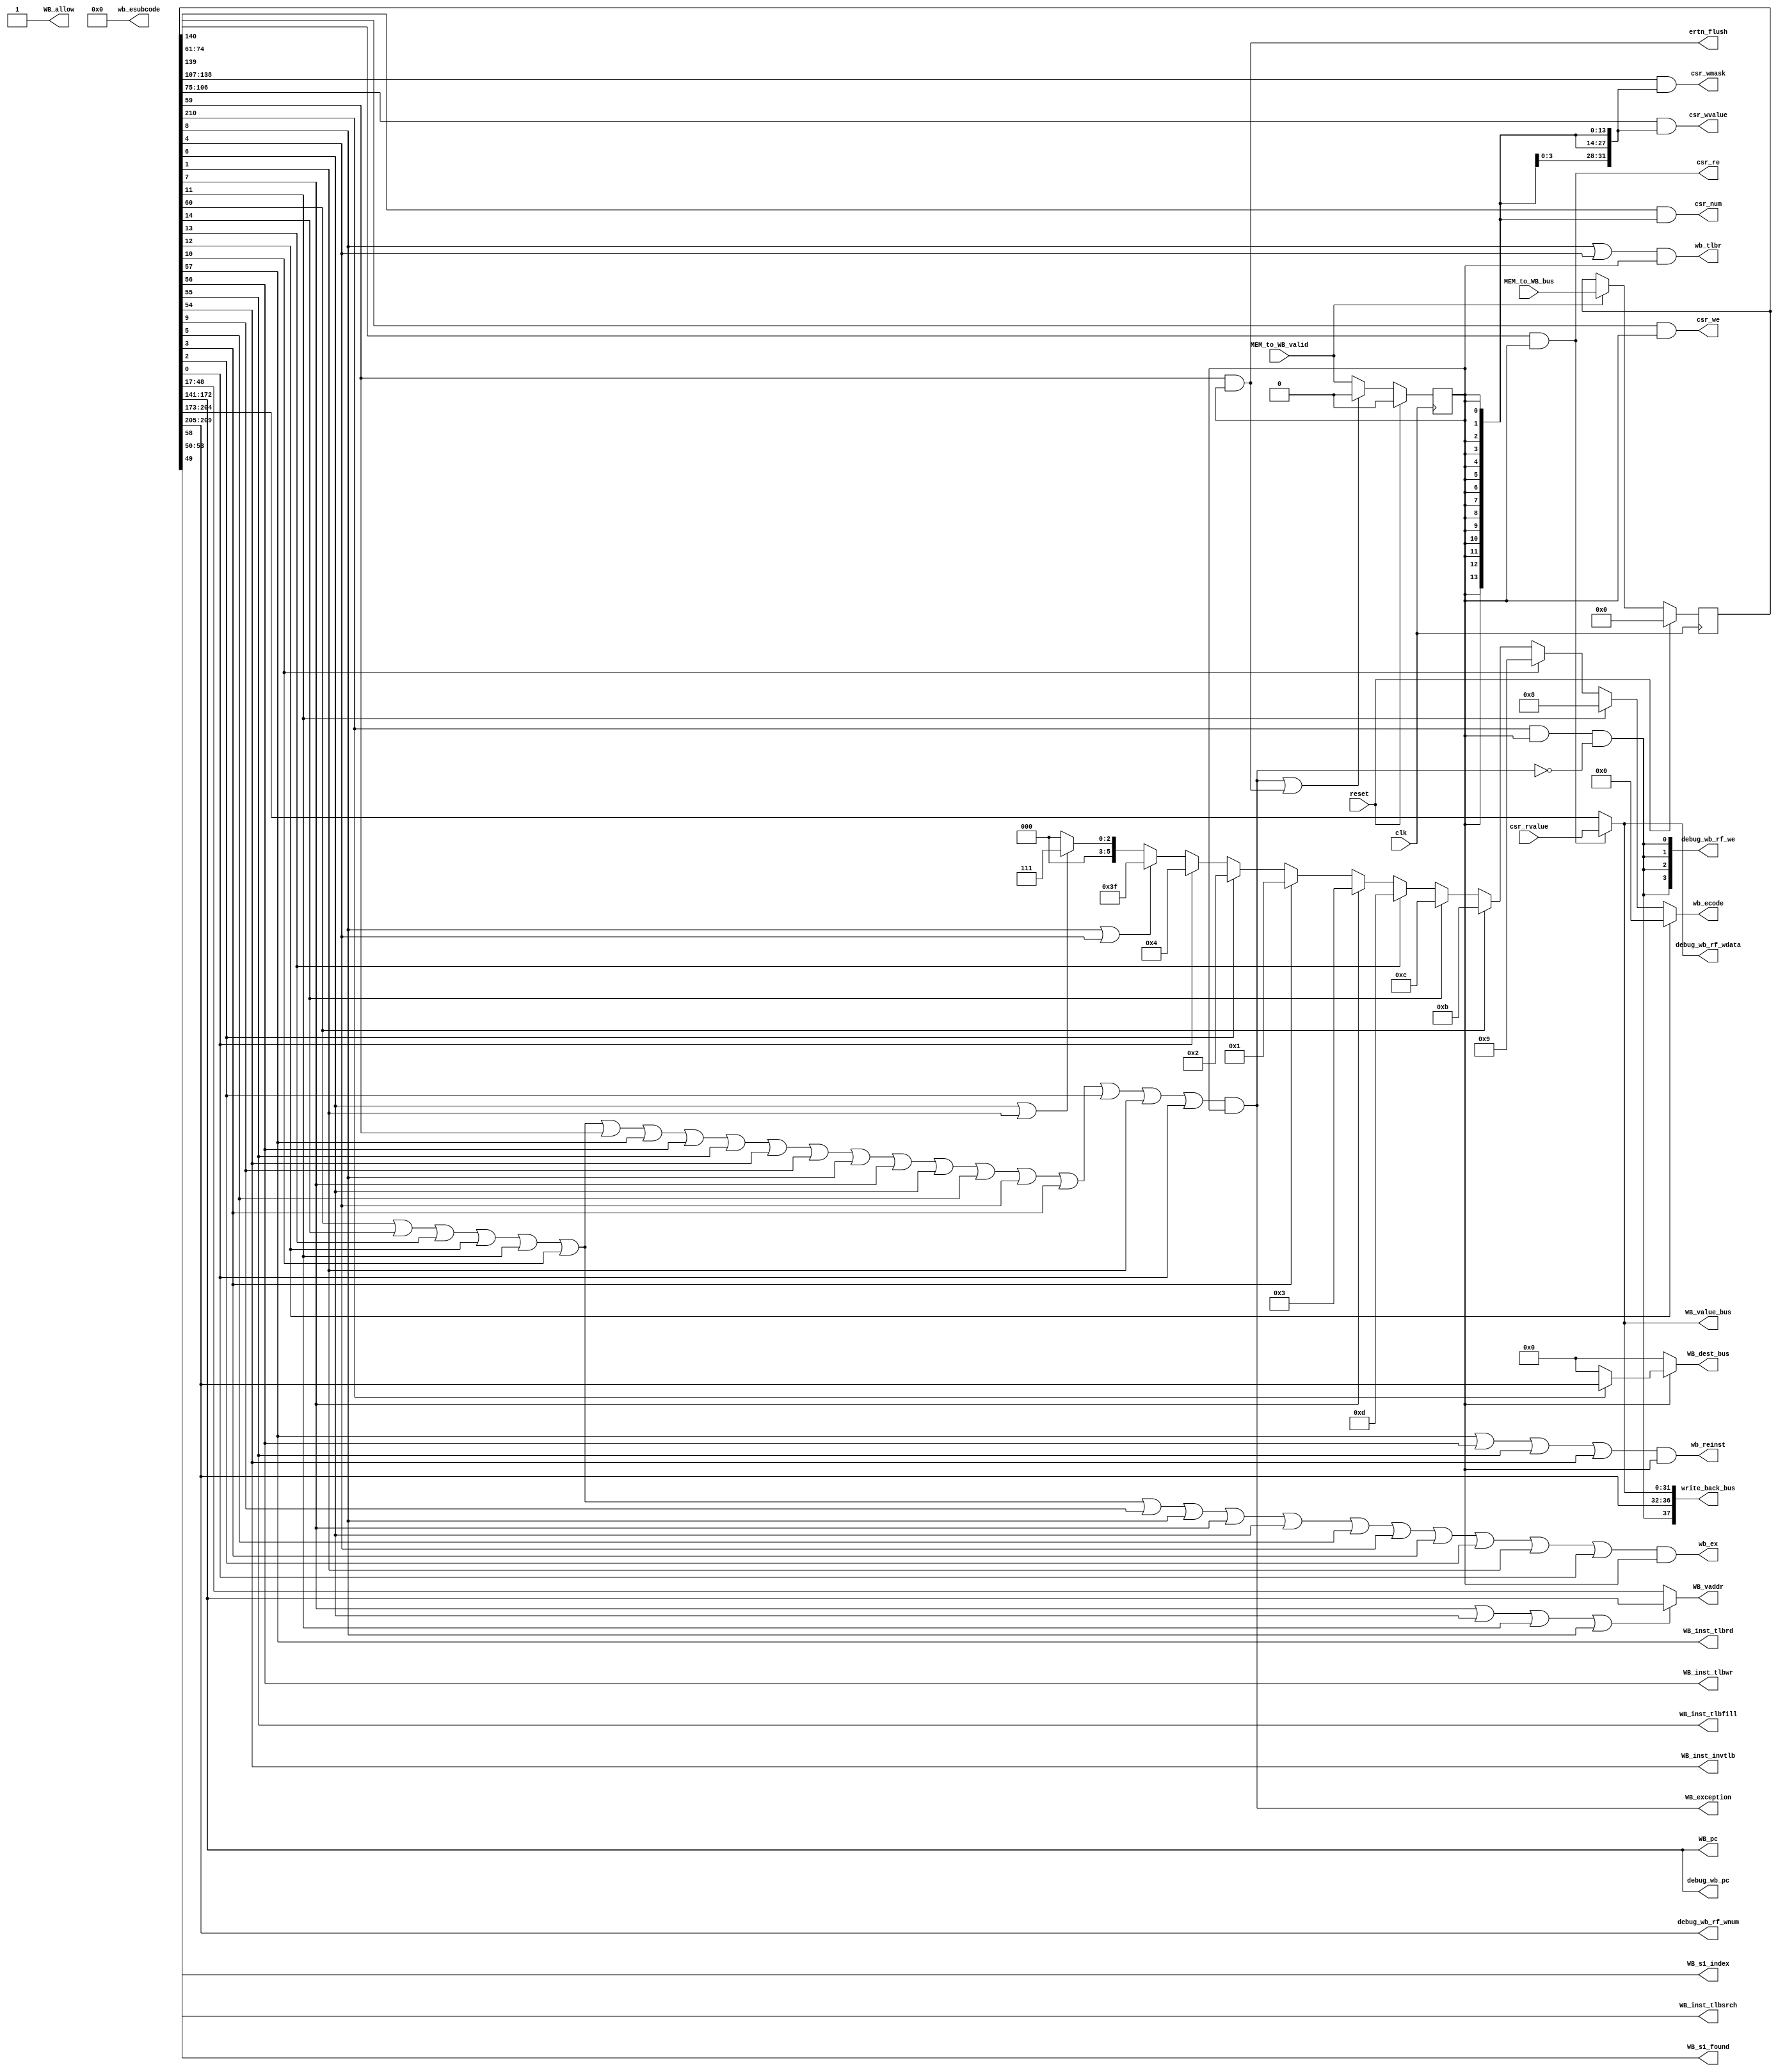
module WB_stage(
    input wire clk,
    input wire reset,

    //ˮ??
    input wire MEM_to_WB_valid,
    input wire [210:0] MEM_to_WB_bus,
    output wire WB_allow,
    //ˮ??
    
    //csrָд(tlbصcsrָ)
    input  wire [31:0] csr_rvalue,
    output wire        csr_re,
    output wire [13:0] csr_num,
    output wire        csr_we,
    output wire [31:0] csr_wmask,
    output wire [31:0] csr_wvalue,
    //csrָд(tlbصcsrָ)
    output wire        WB_inst_tlbsrch,
    output wire        WB_inst_tlbrd,
    output wire        WB_inst_tlbwr,   
    output wire        WB_inst_tlbfill, 
    output wire        WB_inst_invtlb,
    output wire [3:0]  WB_s1_index,
    output wire        WB_s1_found,
    //Ϊtlb_csr
    
    //trace
    output wire [31:0] debug_wb_pc,
    output wire [ 3:0] debug_wb_rf_we,
    output wire [ 4:0] debug_wb_rf_wnum,
    output wire [31:0] debug_wb_rf_wdata,
    //trace
    
    //ID??
    output wire [37:0] write_back_bus,
    output wire [4:0] WB_dest_bus,
    output wire [31:0] WB_value_bus,
    //ID??
    
    //쳣ж
    output wire ertn_flush,
    output wire WB_exception,
    output wire wb_ex,
    output wire wb_reinst,
    output wire wb_tlbr,
    output wire [5:0] wb_ecode,
    output wire [8:0] wb_esubcode,
    output wire [31:0] WB_pc,
    output wire [31:0] WB_vaddr
);
    //ˮ??
    reg [210:0] MEM_to_WB_bus_r;
    reg WB_valid;
    wire WB_go;
    assign WB_go = 1'd1;
    assign WB_allow = ~WB_valid || WB_go;
    always @(posedge clk) begin
        if(reset) begin
            WB_valid <= 1'd0;
        end else if(WB_exception || ertn_flush) begin
            WB_valid <= 1'd0;
        end else if(WB_allow) begin
            WB_valid <= MEM_to_WB_valid;
        end

        if(reset) begin
            MEM_to_WB_bus_r <= 210'd0;
        end else if(MEM_to_WB_valid && WB_allow) begin
            MEM_to_WB_bus_r <= MEM_to_WB_bus;
        end /*else begin
            MEM_to_WB_bus_r <= 191'd0;
        end*/
    end
    //ˮ

    assign WB_dest_bus = WB_valid ? (WB_gr_we ? WB_dest : 5'd0) : 5'd0 ;
    assign WB_value_bus = rf_wdata;
    assign write_back_bus = {rf_we,
                             rf_waddr,
                             rf_wdata
                             };

    
    wire WB_csr_re;
    wire WB_csr_we;  //1
    wire [31:0] WB_csr_wmask;//32
    wire [31:0] WB_csr_wvalue;//32
    wire [13:0] WB_csr_num;//14
    wire WB_inst_syscall;//1
    wire WB_inst_ertn;//1

    wire WB_inst_rdcntvh;//1
    wire WB_inst_rdcntvl;//1
    wire WB_inst_break;//1
    wire WB_except_ine;//1
    wire WB_except_int;//1
    wire WB_pc_adef;//1
    wire WB_except_ale;

    wire WB_PreIF_ex_ade;
    wire WB_PreIF_ex_tlbr;
    wire WB_PreIF_ex_pif;
    wire WB_PreIF_ex_ppi;
    wire WB_EXE_ex_ade;
    wire WB_EXE_ex_tlbr;
    wire WB_EXE_ex_pil;
    wire WB_EXE_ex_pis;
    wire WB_EXE_ex_ppi;
    wire WB_EXE_ex_pme;
    
    wire WB_gr_we;
    wire [4:0] WB_dest;
    wire [31:0] WB_final_result;
    wire [31:0] WB_vaddr_or_pc;//ﾭһ㼶жvaddr
    //wire [31:0] WB_pc;
    assign {WB_gr_we,
            WB_dest,
            WB_final_result,
            WB_pc,
            WB_csr_re,  //1
            WB_csr_we,  //1
            WB_csr_wmask,//32
            WB_csr_wvalue,//32
            WB_csr_num,//14
            WB_inst_syscall,//1
            WB_inst_ertn,//1
            WB_inst_tlbsrch,
            WB_inst_tlbrd,
            WB_inst_tlbwr,   
            WB_inst_tlbfill, 
            WB_inst_invtlb,
            WB_s1_index,
            WB_s1_found,
            
            WB_vaddr_or_pc,//32
            WB_inst_rdcntvh,//1
            WB_inst_rdcntvl,//1
            WB_inst_break,//1
            WB_except_ine,//1
            WB_except_int,//1
            WB_pc_adef,//1
            WB_except_ale,//1

            WB_PreIF_ex_ade,
            WB_PreIF_ex_tlbr,
            WB_PreIF_ex_pif,
            WB_PreIF_ex_ppi,
            WB_EXE_ex_ade,
            WB_EXE_ex_tlbr,
            WB_EXE_ex_pil,
            WB_EXE_ex_pis,
            WB_EXE_ex_ppi,
            WB_EXE_ex_pme
            } = MEM_to_WB_bus_r;
    
    assign csr_re = WB_csr_re & WB_valid;
    assign csr_num = WB_csr_num & {14{WB_valid}};
    assign csr_we = WB_csr_we & WB_valid;
    assign csr_wmask = WB_csr_wmask & {32{WB_valid}};
    assign csr_wvalue = WB_csr_wvalue & {32{WB_valid}};
    
    //WB_exceptionǰ쳣жϵź,wb_exertn_flush,wb_tlbrֻһ
    assign ertn_flush = WB_inst_ertn && WB_valid;
    assign WB_exception =  (WB_inst_syscall | WB_inst_break   | WB_except_ine   | WB_except_int | 
                            WB_pc_adef      | WB_except_ale   | WB_inst_ertn    | WB_inst_tlbrd | 
                            WB_inst_tlbwr   | WB_inst_tlbfill | WB_inst_invtlb  | WB_PreIF_ex_ade|
                            WB_PreIF_ex_tlbr| WB_PreIF_ex_pif | WB_PreIF_ex_ppi | WB_EXE_ex_ade |
                            WB_EXE_ex_tlbr  | WB_EXE_ex_pil   | WB_EXE_ex_pis   | WB_EXE_ex_ppi |
                            WB_EXE_ex_pme) && WB_valid;
    assign wb_ex = (WB_inst_syscall | WB_inst_break   | WB_except_ine   | WB_except_int     | 
                    WB_pc_adef      | WB_except_ale   | WB_PreIF_ex_ade | WB_PreIF_ex_tlbr  | 
                    WB_PreIF_ex_pif | WB_PreIF_ex_ppi | WB_EXE_ex_ade   | WB_EXE_ex_tlbr    | 
                    WB_EXE_ex_pil   | WB_EXE_ex_pis   | WB_EXE_ex_ppi   | WB_EXE_ex_pme ) && WB_valid;  
    assign wb_reinst = (WB_inst_tlbrd | WB_inst_tlbwr | WB_inst_tlbfill | WB_inst_invtlb) && WB_valid;
    assign wb_tlbr = (WB_PreIF_ex_tlbr | WB_EXE_ex_tlbr) && WB_valid;
    assign wb_ecode =  WB_except_int  ? 6'h00 :
                       WB_pc_adef     ? 6'h08 :
                       WB_except_ale  ? 6'h09 :
                       WB_inst_syscall? 6'h0b :
                       WB_inst_break  ? 6'h0c :
                       WB_except_ine  ? 6'h0d :
                       WB_PreIF_ex_pif? 6'h03 :
                       WB_EXE_ex_pil  ? 6'h01 :
                       WB_EXE_ex_pis  ? 6'h02 :
                       WB_EXE_ex_pme  ? 6'h04 :
                       (WB_PreIF_ex_tlbr || WB_EXE_ex_tlbr) ? 6'h3f :
                       (WB_PreIF_ex_ppi  || WB_EXE_ex_ppi ) ? 6'h07 :
                       6'd0;
    assign wb_esubcode = 9'd0;
    assign WB_vaddr = ( WB_PreIF_ex_pif || WB_PreIF_ex_ppi || 
                        WB_pc_adef || WB_PreIF_ex_tlbr) ? WB_pc : WB_vaddr_or_pc;
    
    wire rf_we;
    wire [4:0] rf_waddr;
    wire [31:0] rf_wdata;
    wire [31:0] rf_wdata_r;
    assign rf_we = WB_gr_we && WB_valid && !WB_exception;
    assign rf_waddr = WB_dest;
    assign rf_wdata = csr_re? csr_rvalue:WB_final_result;
    assign debug_wb_pc       = WB_pc;
    assign debug_wb_rf_we   = {4{rf_we}};
    assign debug_wb_rf_wnum  = WB_dest;
    assign debug_wb_rf_wdata = rf_wdata;
    
endmodule